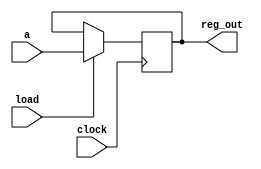
`timescale 1ns / 1ps

module PIPO(a,clock,load,reg_out);

parameter n = 3;

input [3:0] a;
input clock;
input load;
output reg [n:0] reg_out;

always @(posedge clock)
begin
    if(load)
    reg_out <= a;
end
endmodule